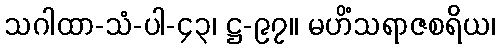
သဂါထာ-သံ-ပါ-၄၃၊ ဋ္ဌ-၉၇။ မဟိံသရာဇစရိယ၊